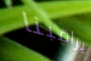
يراقبنا